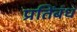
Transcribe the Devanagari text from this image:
प्रतिंबंध